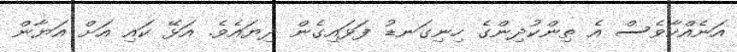
އަނެއްކާވެސް އެ ތިންކުދިންގެ ހިނިގަނޑު ފަޅައިގެން ދިޔައެވެ. އަޅޭ ކައި އަށް އަޔާން